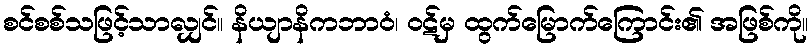
စင်စစ်သဖြင့်သာလျှင်။ နိယျာနိကဘာဝံ၊ ဝဋ်မှ ထွက်မြောက်ကြောင်း၏ အဖြစ်ကို။